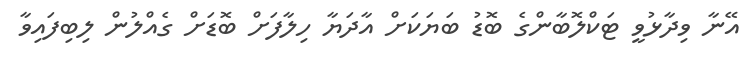
އޭނާ ވިދާޅުވީ ޓަކްލޮބާންގެ ބޮޑު ބަޔަކަށް އާދަޔާ ހިލާފަށް ބޮޑަށް ގެއްލުން ލިބިފައިވާ